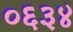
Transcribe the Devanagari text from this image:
०६३४